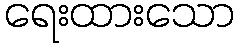
ရေးထားသော